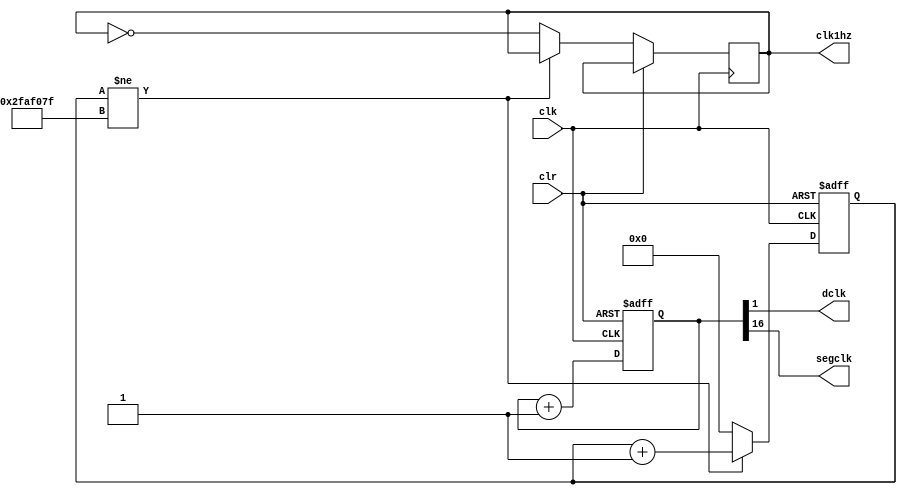
`timescale 1ns / 1ps
//////////////////////////////////////////////////////////////////////////////////
// Company: 
// Engineer: 
// 
// Design Name: 
// Module Name:    clockdiv 
// Project Name: 
// Target Devices: 
// Tool versions: 
// Description: 
//
// Dependencies: 
//
// Revision: 
// Revision 0.01 - File Created
// Additional Comments: 
//
//////////////////////////////////////////////////////////////////////////////////
module clockdiv(
	input wire clk,		//master clock: 100MHz
	input wire clr,		//asynchronous reset
	output wire dclk,		//pixel clock: 25MHz
	output wire segclk,	//7-segment clock: 381.47Hz
	output wire clk1hz
	);

// 17-bit counter variable
reg [16:0] q = 0;
reg [31:0] sec =0;
reg clk1hz_reg = 0;
// Clock divider --
// Each bit in q is a clock signal that is
// only a fraction of the master clock.
always @(posedge clk or posedge clr)
begin
	// reset condition
	if (clr == 1) begin
		q <= 0;
		sec <=0;
	end
	// increment counter by one
	else begin
		q <= q + 1;
		if (sec != 50000000-1) begin
			sec <=sec+32'b1;
			clk1hz_reg <= clk1hz;
		end
		else begin
			sec <= 0;
			clk1hz_reg <= ~clk1hz;
		end
	end
end

// 100Mhz  2^17 = 381.47Hz
assign segclk = q[16];
assign clk1hz = clk1hz_reg;
// 100Mhz  2^2 = 25MHz
assign dclk = q[1];

endmodule